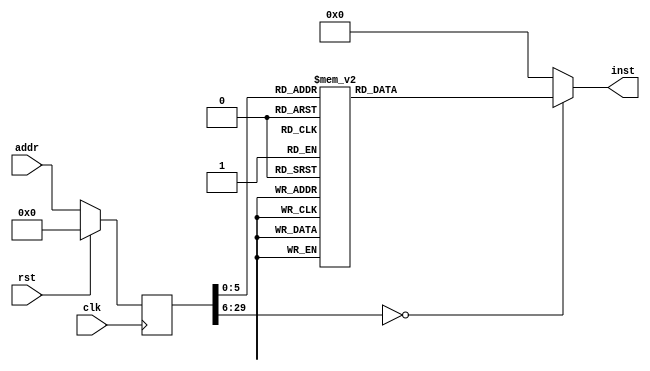
module game(input clk, input rst, input [29:0] addr, output reg [31:0] inst);
reg [29:0] addr_r;
always @(posedge clk)
begin
addr_r <= (rst) ? (30'b0) : (addr);
end
always @(*)
begin
case(addr_r)
30'h00000000: inst = 32'h3c1d1000;
30'h00000001: inst = 32'h0c000003;
30'h00000002: inst = 32'h37bd1000;
30'h00000003: inst = 32'h27bdffe8;
30'h00000004: inst = 32'h3c028000;
30'h00000005: inst = 32'h3c031040;
30'h00000006: inst = 32'h3c0410c0;
30'h00000007: inst = 32'h34450010;
30'h00000008: inst = 32'h34630000;
30'h00000009: inst = 32'hafa00010;
30'h0000000a: inst = 32'h3c060100;
30'h0000000b: inst = 32'h34870000;
30'h0000000c: inst = 32'h34480014;
30'h0000000d: inst = 32'haca30000;
30'h0000000e: inst = 32'h3c0302ff;
30'h0000000f: inst = 32'h34c600ff;
30'h00000010: inst = 32'had070000;
30'h00000011: inst = 32'h3c08000a;
30'h00000012: inst = 32'h34630000;
30'h00000013: inst = 32'h34890004;
30'h00000014: inst = 32'hace60000;
30'h00000015: inst = 32'h3c060315;
30'h00000016: inst = 32'h3507000a;
30'h00000017: inst = 32'h34880008;
30'h00000018: inst = 32'had230000;
30'h00000019: inst = 32'h34c3000a;
30'h0000001a: inst = 32'h3486000c;
30'h0000001b: inst = 32'had070000;
30'h0000001c: inst = 32'h3c071080;
30'h0000001d: inst = 32'h34840010;
30'h0000001e: inst = 32'hacc30000;
30'h0000001f: inst = 32'h34e30000;
30'h00000020: inst = 32'h34460018;
30'h00000021: inst = 32'hac800000;
30'h00000022: inst = 32'h24040001;
30'h00000023: inst = 32'h3442001c;
30'h00000024: inst = 32'hacc30000;
30'h00000025: inst = 32'hac440000;
30'h00000026: inst = 32'haca30000;
30'h00000027: inst = 32'h8fa20010;
30'h00000028: inst = 32'h00000000;
30'h00000029: inst = 32'h27bd0018;
30'h0000002a: inst = 32'h03e00008;
30'h0000002b: inst = 32'h00000000;
default:      inst = 32'h00000000;
endcase
end
endmodule